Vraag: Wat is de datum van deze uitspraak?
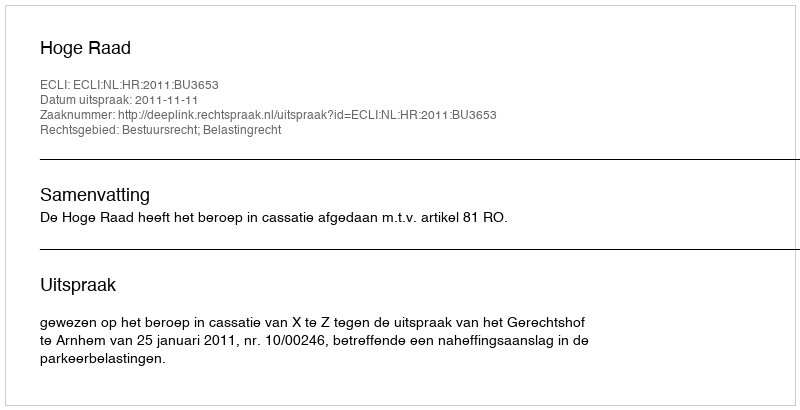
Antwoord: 2011-11-11